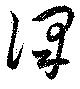
沢